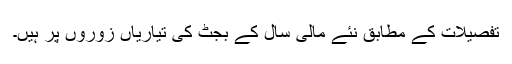
تفصیلات کے مطابق نئے مالی سال کے بجٹ کی تیاریاں زوروں پر ہیں۔